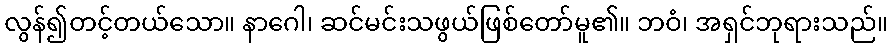
လွန်၍တင့်တယ်သော။ နာဂေါ၊ ဆင်မင်းသဖွယ်ဖြစ်တော်မူ၏။ ဘဝံ၊ အရှင်ဘုရားသည်။